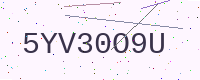
Text: 5YV30O9U